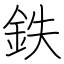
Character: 鉄